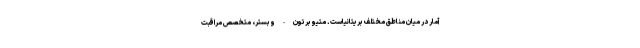
آمار در میان مناطق مختلف بریتانیاست. متیو برتون-وبستر، متخصص مراقبت